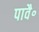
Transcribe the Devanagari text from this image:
पावै॰